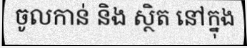
ចូលកាន់ និង ស្ថិត នៅក្នុង